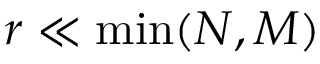
r \ll \operatorname* { m i n } ( N , M )